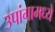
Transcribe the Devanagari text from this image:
उपांगामध्ये